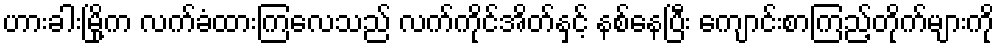
ဟားခါးမြို့က လက်ခံထားကြလေသည် လက်ကိုင်အိတ်နှင့် နစ်နေပြီး ကျောင်းစာကြည့်တိုက်များကို